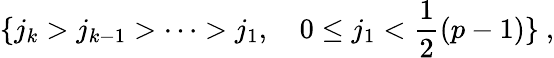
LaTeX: \{ j_{k}>j_{k-1}>\cdots>j_{1},~~~~0\leq j_{1}<\frac{1}{2}(p-1)\} ~,